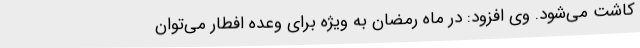
کاشت می‌شود. وی افزود: در ماه رمضان به ویژه برای وعده افطار می‌توان